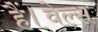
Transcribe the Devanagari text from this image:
हैं।वेल्स